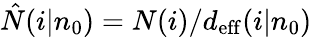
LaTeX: \hat{N}(i|n_{0})=N(i)/d_{\mathrm{eff}}(i|n_{0})